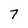
Character: 7